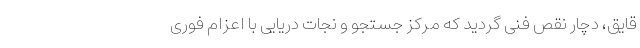
قایق، دچار نقص فنی گردید که مرکز جستجو و نجات دریایی با اعزام فوری